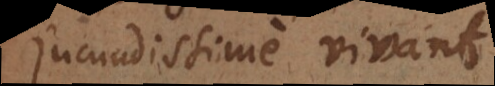
jucundissime viva